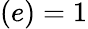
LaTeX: (e)=1